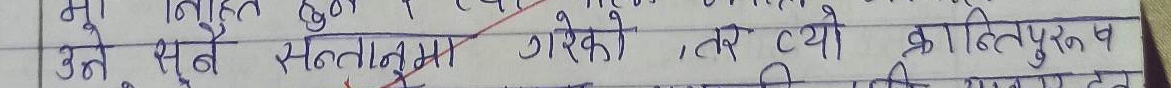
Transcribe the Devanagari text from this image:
भूमिका निहित हुन् र
उनी त्यसै सन्तानमा गरेको, तर त्यो क्रान्तिपुर व